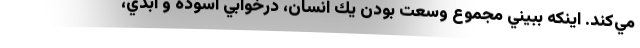
مي‌كند. اينكه ببيني مجموع وسعت بودن يك انسان، درخوابي آسوده و ابدي،